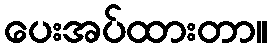
ပေးအပ်ထားတာ။